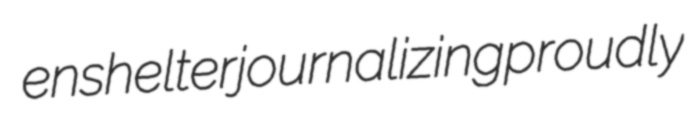
enshelter journalizing proudly